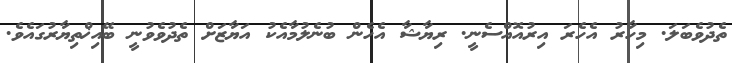
ތެދުވެބަލަ. މިހާރު އެހެރަ އިރުއޮއްސެނީ. ރިޔާޝާ އެހެން ބުނެލުމާއެކު އަޔާޒަށް ތެދުވެވުނީ ބޭއިޚްތިޔާރުގައެވެ.